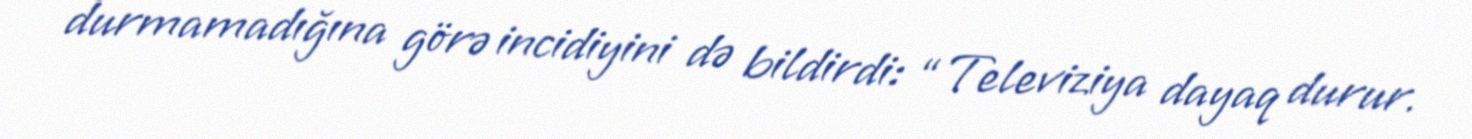
durmamadığına görə incidiyini də bildirdi: “Televiziya dayaq durur.